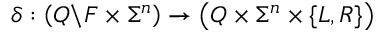
\delta : \left( Q \backslash F \times \Sigma ^ { n } \right) \rightarrow \left( Q \times \Sigma ^ { n } \times \{ L , R \} \right)